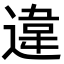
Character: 違